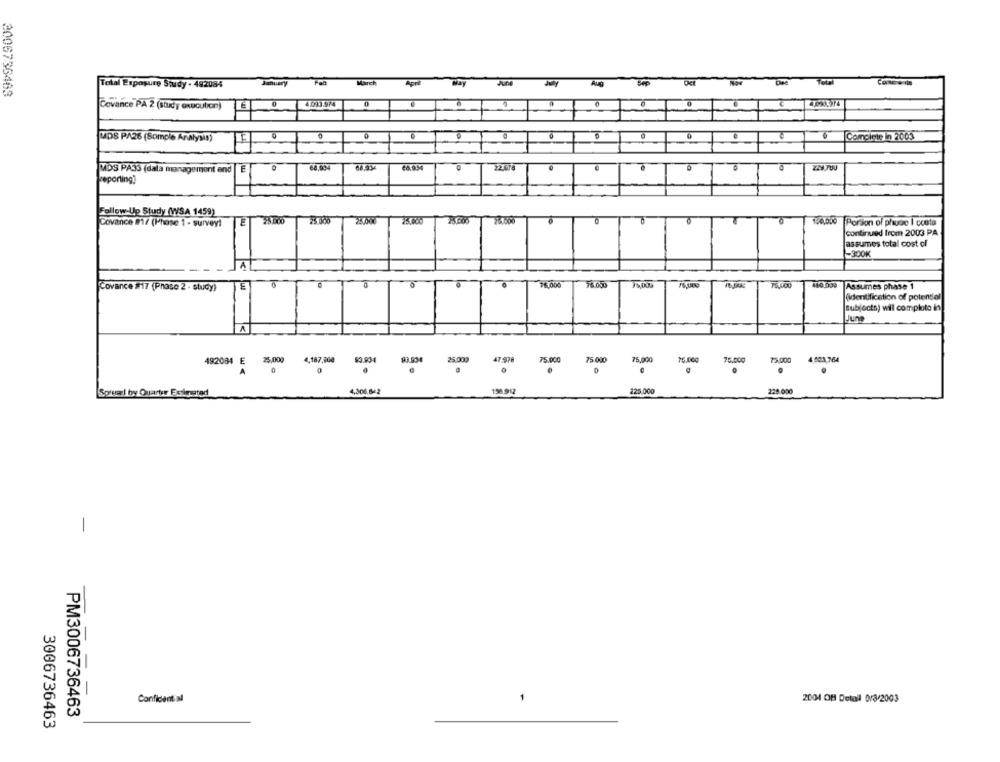
Total Exposure Study . 482084
March
Apri
2006736463
Covance PA 2 (study execution)
0
MDS PA26 (Somple Analysis)
Complete in 2003
E
MDS PA33 (dala management and
reporting!
Follow-Up Study (WSA 1459)
Covance #17 (Phase 1 - survey!
25.000
25.000
0
150.000 Porson of phuge I ccota
Continued from 2003 PA
assumes total cost of
-300K
A
Covance #17 (Phase 2 - study)
E
76.000
Assumes phase 1
(identification of potential
subjecta) will comploto in
June
A
93.934
25 00
47-978
75.000
75.000
75,000
15.000
75,000
75,000
4.503,764
492084 E 25,000
4,187,900
0
4,300.842
225.000
225.000
Spruel by Quarter Estimated
156.912
1
-
Confident al
2004 OF Detall 0r8/2003
PM3006736463
3006736463